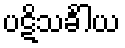
ပဋိသင်္ခါယ